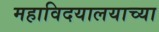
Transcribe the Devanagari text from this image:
महाविदयालयाच्या